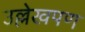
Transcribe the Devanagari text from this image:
उल्लेखपण